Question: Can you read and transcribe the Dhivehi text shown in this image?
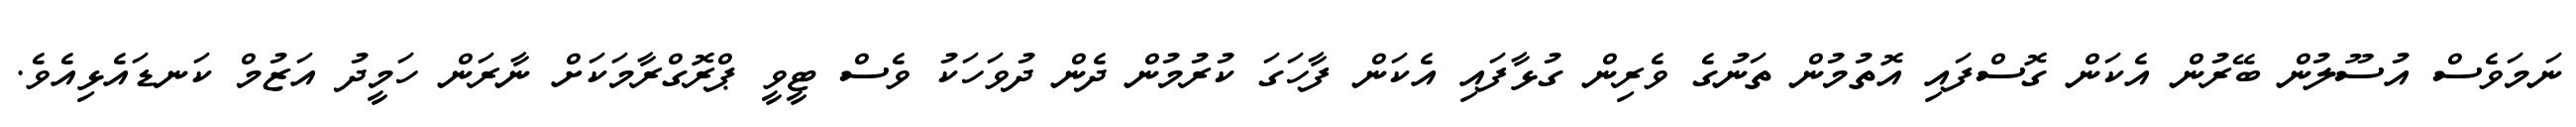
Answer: ނަމަވެސް އުސޫލުން ބޭރުން އެކަން ގޮސްފައި އޮތުމުން ތަނުގެ ވެރިން ގުޅާފައި އެކަން ފާހަގަ ކުރުމުން ދެން ދުވަހަކު ވެސް ޓީވީ ޕްރޮގްރާމަކަށް ނާރަން ހަމީދު އަޒުމް ކަނޑައެޅިއެވެ.